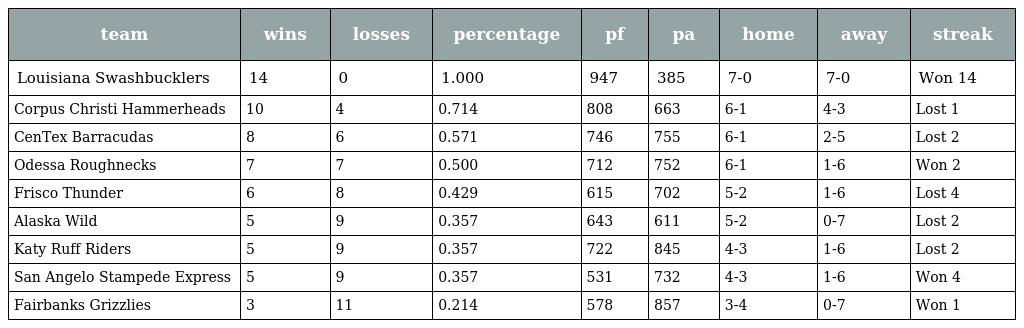
| team | wins | losses | percentage | pf | pa | home | away | streak |
 | --- | --- | --- | --- | --- | --- | --- | --- | --- |
 | Louisiana Swashbucklers | 14 | 0 | 1.000 | 947 | 385 | 7-0 | 7-0 | Won 14 |
 | Corpus Christi Hammerheads | 10 | 4 | 0.714 | 808 | 663 | 6-1 | 4-3 | Lost 1 |
 | CenTex Barracudas | 8 | 6 | 0.571 | 746 | 755 | 6-1 | 2-5 | Lost 2 |
 | Odessa Roughnecks | 7 | 7 | 0.500 | 712 | 752 | 6-1 | 1-6 | Won 2 |
 | Frisco Thunder | 6 | 8 | 0.429 | 615 | 702 | 5-2 | 1-6 | Lost 4 |
 | Alaska Wild | 5 | 9 | 0.357 | 643 | 611 | 5-2 | 0-7 | Lost 2 |
 | Katy Ruff Riders | 5 | 9 | 0.357 | 722 | 845 | 4-3 | 1-6 | Lost 2 |
 | San Angelo Stampede Express | 5 | 9 | 0.357 | 531 | 732 | 4-3 | 1-6 | Won 4 |
 | Fairbanks Grizzlies | 3 | 11 | 0.214 | 578 | 857 | 3-4 | 0-7 | Won 1 |